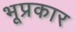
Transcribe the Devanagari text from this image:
भूप्रकार